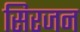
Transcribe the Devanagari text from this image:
सिरजन